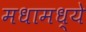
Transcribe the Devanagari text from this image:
मधामध्ये